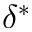
\delta ^ { * }